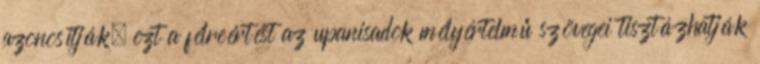
azonosítják, ezt a félreértést az upanisadok mélyértelmű szövegei tisztázhatják